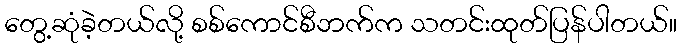
တွေ့ဆုံခဲ့တယ်လို့ စစ်ကောင်စီဘက်က သတင်းထုတ်ပြန်ပါတယ်။